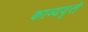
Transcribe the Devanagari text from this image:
काव्यवृत्ते